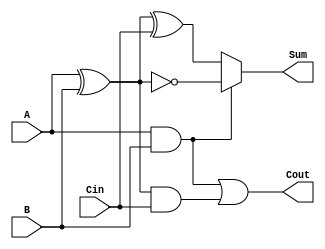
module ConditionalSumFullAdder (
    input wire A,     // First significant bit
    input wire B,     // Second significant bit
    input wire Cin,   // Carry input
    output wire Sum,  // Resulting sum
    output wire Cout  // Resulting carry output
);

// Intermediate carry signals
wire C1; // Carry generated from A and B
wire C2; // Carry generated from (A XOR B) and Cin
wire A_XOR_B; // Intermediate sum of A and B

// Carry Generation Logic
assign C1 = A & B;               // C1 = A AND B
assign A_XOR_B = A ^ B;         // A_XOR_B = A XOR B
assign C2 = A_XOR_B & Cin;      // C2 = (A XOR B) AND Cin
assign Cout = C1 | C2;          // Cout = C1 OR C2

// Sum Calculation Logic
assign Sum = (C1) ? ~A_XOR_B : (A_XOR_B ^ Cin); // Conditional sum based on C1

endmodule